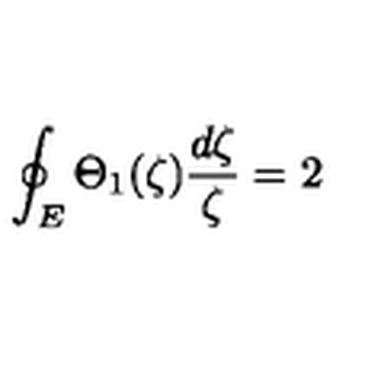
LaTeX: \oint _ { E } \Theta _ { 1 } ( \zeta ) \frac { d \zeta } { \zeta } = 2